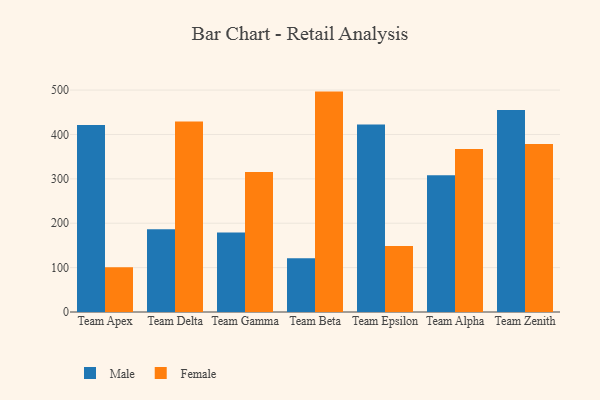
{"axis": {"x": "Team", "y": "Bounce Rate (%)"}, "legend": ["Female", "Male"], "data": [{"x": "Team Apex", "y": 421.2, "type": "Male"}, {"x": "Team Apex", "y": 100.6, "type": "Female"}, {"x": "Team Delta", "y": 186.4, "type": "Male"}, {"x": "Team Delta", "y": 429.0, "type": "Female"}, {"x": "Team Gamma", "y": 179.1, "type": "Male"}, {"x": "Team Gamma", "y": 315.2, "type": "Female"}, {"x": "Team Beta", "y": 121.3, "type": "Male"}, {"x": "Team Beta", "y": 496.6, "type": "Female"}, {"x": "Team Epsilon", "y": 422.5, "type": "Male"}, {"x": "Team Epsilon", "y": 148.7, "type": "Female"}, {"x": "Team Alpha", "y": 308.4, "type": "Male"}, {"x": "Team Alpha", "y": 367.0, "type": "Female"}, {"x": "Team Zenith", "y": 455.1, "type": "Male"}, {"x": "Team Zenith", "y": 378.4, "type": "Female"}]}